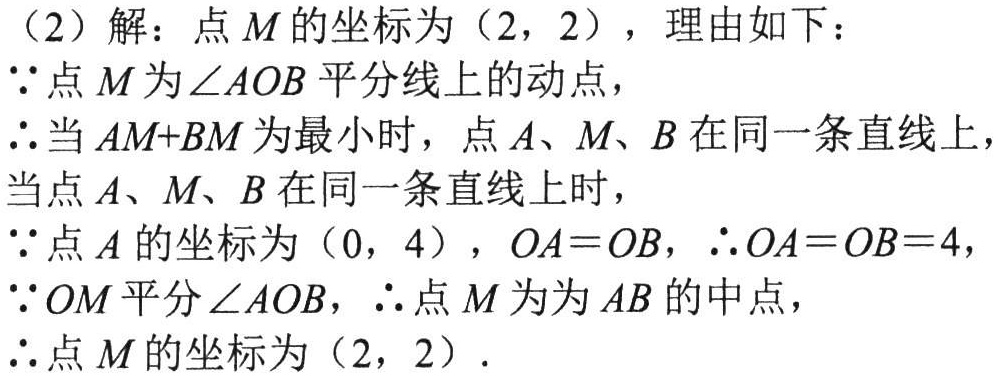
（2）解：点 \(M\) 的坐标为 \((2,2)\)，理由如下：
\(\because\)点 \(M\) 为 \(\angle AOB\) 平分线上的动点，
\(\therefore\)当 \(AM + BM\) 为最小时，点 \(A\)、\(M\)、\(B\) 在同一条直线上，
当点 \(A\)、\(M\)、\(B\) 在同一条直线上时，
\(\because\)点 \(A\) 的坐标为 \((0,4)\)，\(OA = OB\)，\(\therefore OA = OB = 4\)，
\(\because OM\) 平分 \(\angle AOB\)，\(\therefore\)点 \(M\) 为 \(AB\) 的中点，
\(\therefore\)点 \(M\) 的坐标为 \((2,2)\).